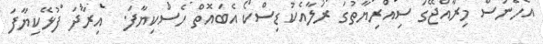
އެހެނަސް މިރާއްޖޭގަ ސިއްރިޔާތުގަ ރަލާއެކު ޑިސްކޯ އެބައޮތް ހެސްކިޔާފަ.  އިރާދަ ފުޅޭކިޔާފަ